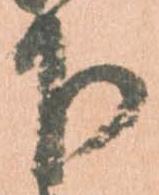
下